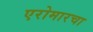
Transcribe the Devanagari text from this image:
एरोमारचा